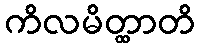
ကိလမိတ္ထာတိ